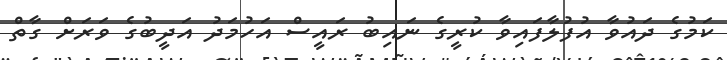
ކަމުގެ ދައުވާ އުފުލާފައިވާ ކުރީގެ ނައިބު ރައީސް އަހުމަދު އަދީބުގެ ވަރަށް ގާތް